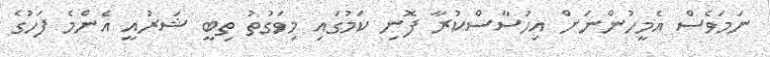
ނަމަވެސް އެމީހުންނަށް އިހުސާސްކުރާ ފޮނި ކަމުގައި މިވަގުތު ތިބީ ޝަރުއީ އެންމެ ފަހުގެ